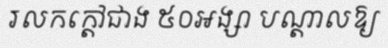
រលកក្តៅជាង ៥០អង្សា បណ្តាលឱ្យ